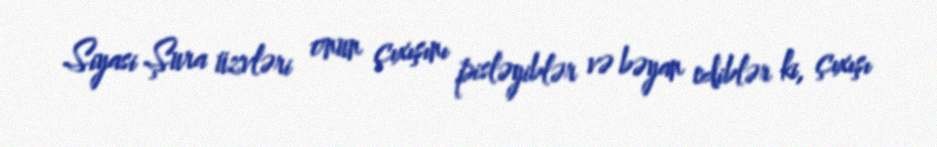
Siyasi Şura üzvləri onun çıxışını pisləyiblər və bəyan ediblər ki, çıxışı